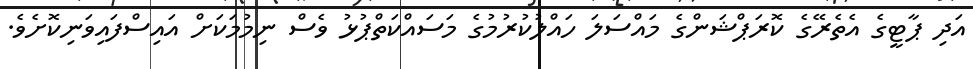
އަދި ޕާޓީގެ އެތެރޭގެ ކޮރަޕްޝަންގެ މައްސަލަ ހައްލުކުރުމުގެ މަސައްކަތްޕުޅު ވެސް ނިމުމަކަށް އައިސްފައިވަނިކޮށެވެ.